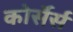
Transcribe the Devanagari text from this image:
कोर्सेर्स